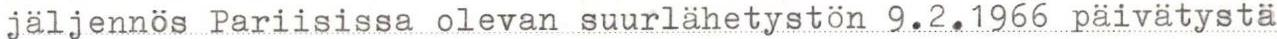
jäljennös  Pariisissa olevan  suurlähetystön 9.2.1966 päivätystä